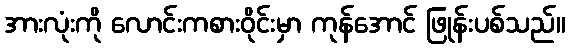
အားလုံးကို လောင်းကစားဝိုင်းမှာ ကုန်အောင် ဖြုန်းပစ်သည်။